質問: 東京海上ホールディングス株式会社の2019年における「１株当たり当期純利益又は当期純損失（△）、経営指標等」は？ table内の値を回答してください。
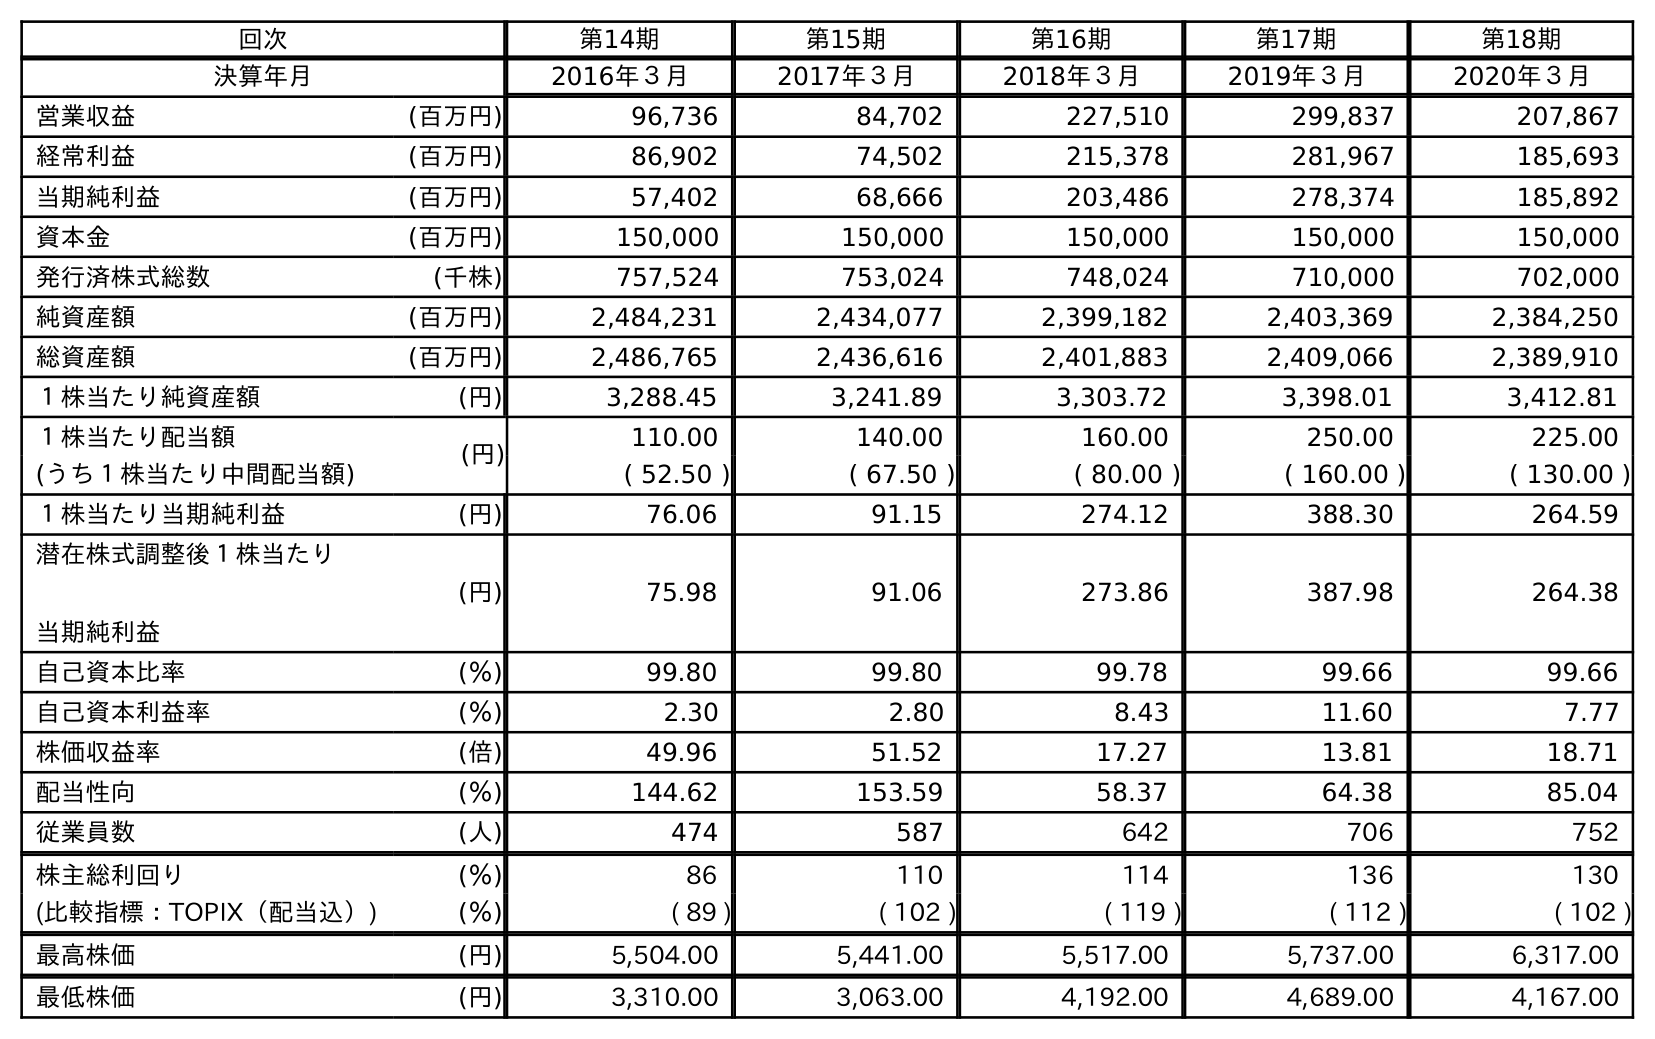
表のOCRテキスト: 回次 第14期 第15期 第16期 第17期 第18期 決算年月 2016年３月 2017年３月 2018年３月 2019年３月 2020年３月 営業収益 (百万円) 96,736 84,702 227,510 299,837 207,867 経常利益 (百万円) 86,902 74,502 215,378 281,967 185,693 当期純利益 (百万円) 57,402 68,666 203,486 278,374 185,892 資本金 (百万円) 150,000 150,000 150,000 150,000 150,000 発行済株式総数 (千株) 757,524 753,024 748,024 710,000 702,000 純資産額 (百万円) 2,484,231 2,434,077 2,399,182 2,403,369 2,384,250 総資産額 (百万円) 2,486,765 2,436,616 2,401,883 2,409,066 2,389,910 １株当たり純資産額 (円) 3,288.45 3,241.89 3,303.72 3,398.01 3,412.81 １株当たり配当額 (円) 110.00 140.00 160.00 250.00 225.00 (うち１株当たり中間配当額) ( 52.50 ) ( 67.50 ) ( 80.00 ) ( 160.00 ) ( 130.00 ) １株当たり当期純利益 (円) 76.06 91.15 274.12 388.30 264.59 潜在株式調整後１株当たり 当期純利益 (円) 75.98 91.06 273.86 387.98 264.38 自己資本比率 (％) 99.80 99.80 99.78 99.66 99.66 自己資本利益率 (％) 2.30 2.80 8.43 11.60 7.77 株価収益率 (倍) 49.96 51.52 17.27 13.81 18.71 配当性向 (％) 144.62 153.59 58.37 64.38 85.04 従業員数 (人) 474 587 642 706 752 株主総利回り (％) 86 110 114 136 130 (比較指標：TOPIX（配当込）) (％) ( 89 ) ( 102 ) ( 119 ) ( 112 ) ( 102 ) 最高株価 (円) 5,504.00 5,441.00 5,517.00 5,737.00 6,317.00 最低株価 (円) 3,310.00 3,063.00 4,192.00 4,689.00 4,167.00
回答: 388.30